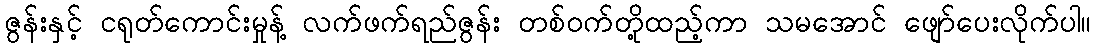
ဇွန်းနှင့် ငရုတ်ကောင်းမှုန့် လက်ဖက်ရည်ဇွန်း တစ်ဝက်တို့ထည့်ကာ သမအောင် ဖျော်ပေးလိုက်ပါ။